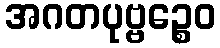
အဂတပုဗ္ဗဉ္စေဝ